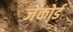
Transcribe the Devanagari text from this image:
जेकोर्ड